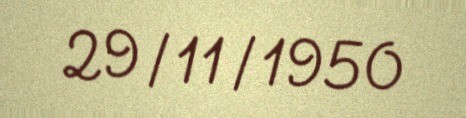
29/11/1950